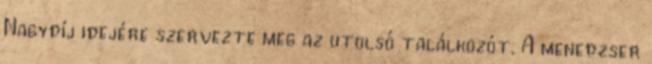
Nagydíj idejére szervezte meg az utolsó találkozót. A menedzser